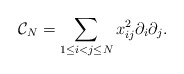
\begin{align*}{\cal C}_N=\sum_{1\leq i<j\leq N}x_{ij}^2\partial_i\partial_j.\end{align*}